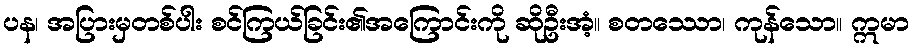
ပန၊ အပြားမှတစ်ပါး စင်ကြယ်ခြင်း၏အကြောင်းကို ဆိုဦးအံ့။ စတဿော၊ ကုန်သော။ ဣမာ